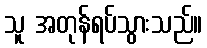
သူ အတုန်ရပ်သွားသည်။